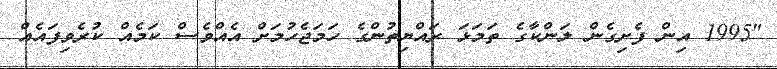
"1995 އިން ފެށިގެން ލަންކާގެ ތަމަޅަ ރައްޔިތުންގެ ހަމަޖެހުމަށް އެއްވެސް ކަމެއް ކުރެވިފައެއް